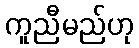
ကူညီမည်ဟု